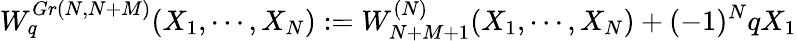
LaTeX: W_{q}^{Gr(N,N+M)}(X_{1},\cdots,X_{N}):=W_{N+M+1}^{(N)}(X_{1},\cdots,X_{N})+(-1)^{N}qX_{1}